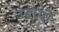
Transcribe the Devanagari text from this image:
उदायी